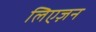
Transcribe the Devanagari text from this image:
लिएज़न